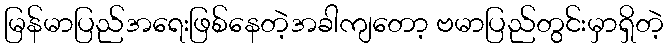
မြန်မာပြည်အရေးဖြစ်နေတဲ့အခါကျတော့ ဗမာပြည်တွင်းမှာရှိတဲ့